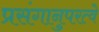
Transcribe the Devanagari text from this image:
प्रसंगानुपरत्वे